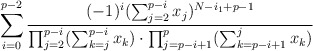
\begin{align*}\sum_{i=0}^{p-2}\frac{ (-1)^i(\sum_{j=2}^{p-i}x_j)^{N-i_1+p-1} }{\prod_{j=2}^{p-i}(\sum_{k=j}^{p-i}x_k)\cdot \prod_{j=p-i+1}^{p}(\sum_{k=p-i+1}^j x_k)}\end{align*}